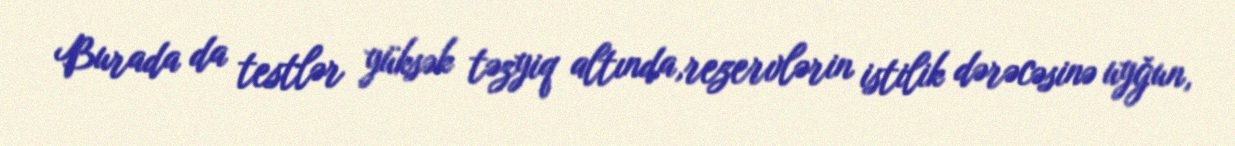
Burada da testlər yüksək təzyiq altında,rezervlərin istilik dərəcəsinə uyğun,